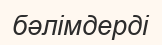
бәлімдерді